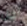
أجل